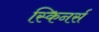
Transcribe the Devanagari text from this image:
स्किनर्स